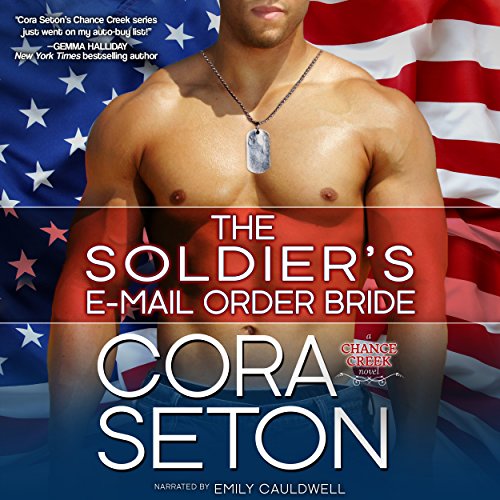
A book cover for The Soldier's E-Mail Order Bride; Cora Seton; Romance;